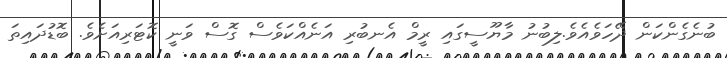
ބުނެގެންކަން ދޭހަވެއެވެ.ލިބުނު މާޔޫސީގައި ރީމް އެނބުރި އަނެއްކަވެސް ގޮސް ވަނީ ކޮޓަރިއަށެވެ. ބޮޑުދައިތަ